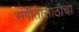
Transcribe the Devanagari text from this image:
संगीतासाठीचा